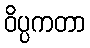
ဝိပ္ပကတာ